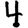
Digit: 4